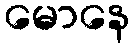
မောနေ